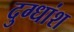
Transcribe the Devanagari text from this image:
दुग्धांश